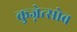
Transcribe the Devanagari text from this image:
कुज्नेत्सोव